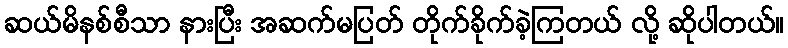
ဆယ်မိနစ်စီသာ နားပြီး အဆက်မပြတ် တိုက်ခိုက်ခဲ့ကြတယ် လို့ ဆိုပါတယ်။